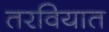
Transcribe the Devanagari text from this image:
तरवियात